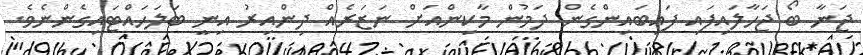
ޖަނާ ބޯ ޖަހާލައިފައި ފައިބައިންގެން ދަމުން މާކިންއަށް ނަޒަރެއް ދިންއިރު އިނީ ބަލަހައްޓައިގެންނެވެ.